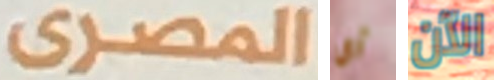
المصرى أي الآن